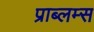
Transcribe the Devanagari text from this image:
प्राब्लम्स